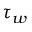
\tau _ { w }